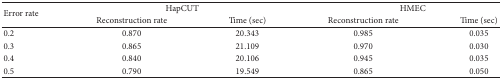
| <ROWSPAN=2> Error rate | <COLSPAN=2> HapCUT | <COLSPAN=2> HMEC |
 | Reconstruction rate | Time (sec) | Reconstruction rate | Time (sec) |
 | --- | --- | --- | --- | --- |
 | 0.2 | 0.870 | 20.343 | 0.985 | 0.035 |
 | 0.3 | 0.865 | 21.109 | 0.970 | 0.030 |
 | 0.4 | 0.840 | 20.106 | 0.945 | 0.035 |
 | 0.5 | 0.790 | 19.549 | 0.865 | 0.050 |